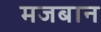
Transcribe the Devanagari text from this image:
मजबान